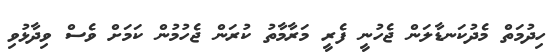
ހިދުމަތް މެދުކަނޑާލަން ޖެހުނީ ފެރީ މަރާމާތު ކުރަން ޖެހުމުން ކަމަށް ވެސް ވިދާޅުވި